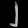
Digit: ၂